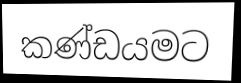
කණ්ඩයමට